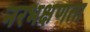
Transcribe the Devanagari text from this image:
नरभक्षणता